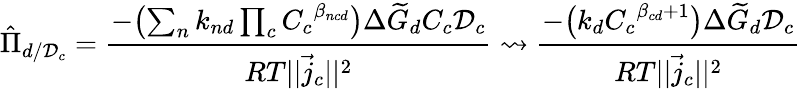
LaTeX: \hat{\Pi}_{d/\mathcal{D}_{c}}=\frac{-\bigl(\sum_{n}k_{nd}\prod_{c}{C_{c}}^{\beta_{ncd}}\bigr)\Delta\widetilde{G}_{d}C_{c}\mathcal{D}_{c}}{RT||\vec{j}_{c}||^{2}}\rightsquigarrow\frac{-\bigl(k_{d}{C_{c}}^{\beta_{cd}+1}\bigr)\Delta\widetilde{G}_{d}\mathcal{D}_{c}}{RT||\vec{j}_{c}||^{2}}